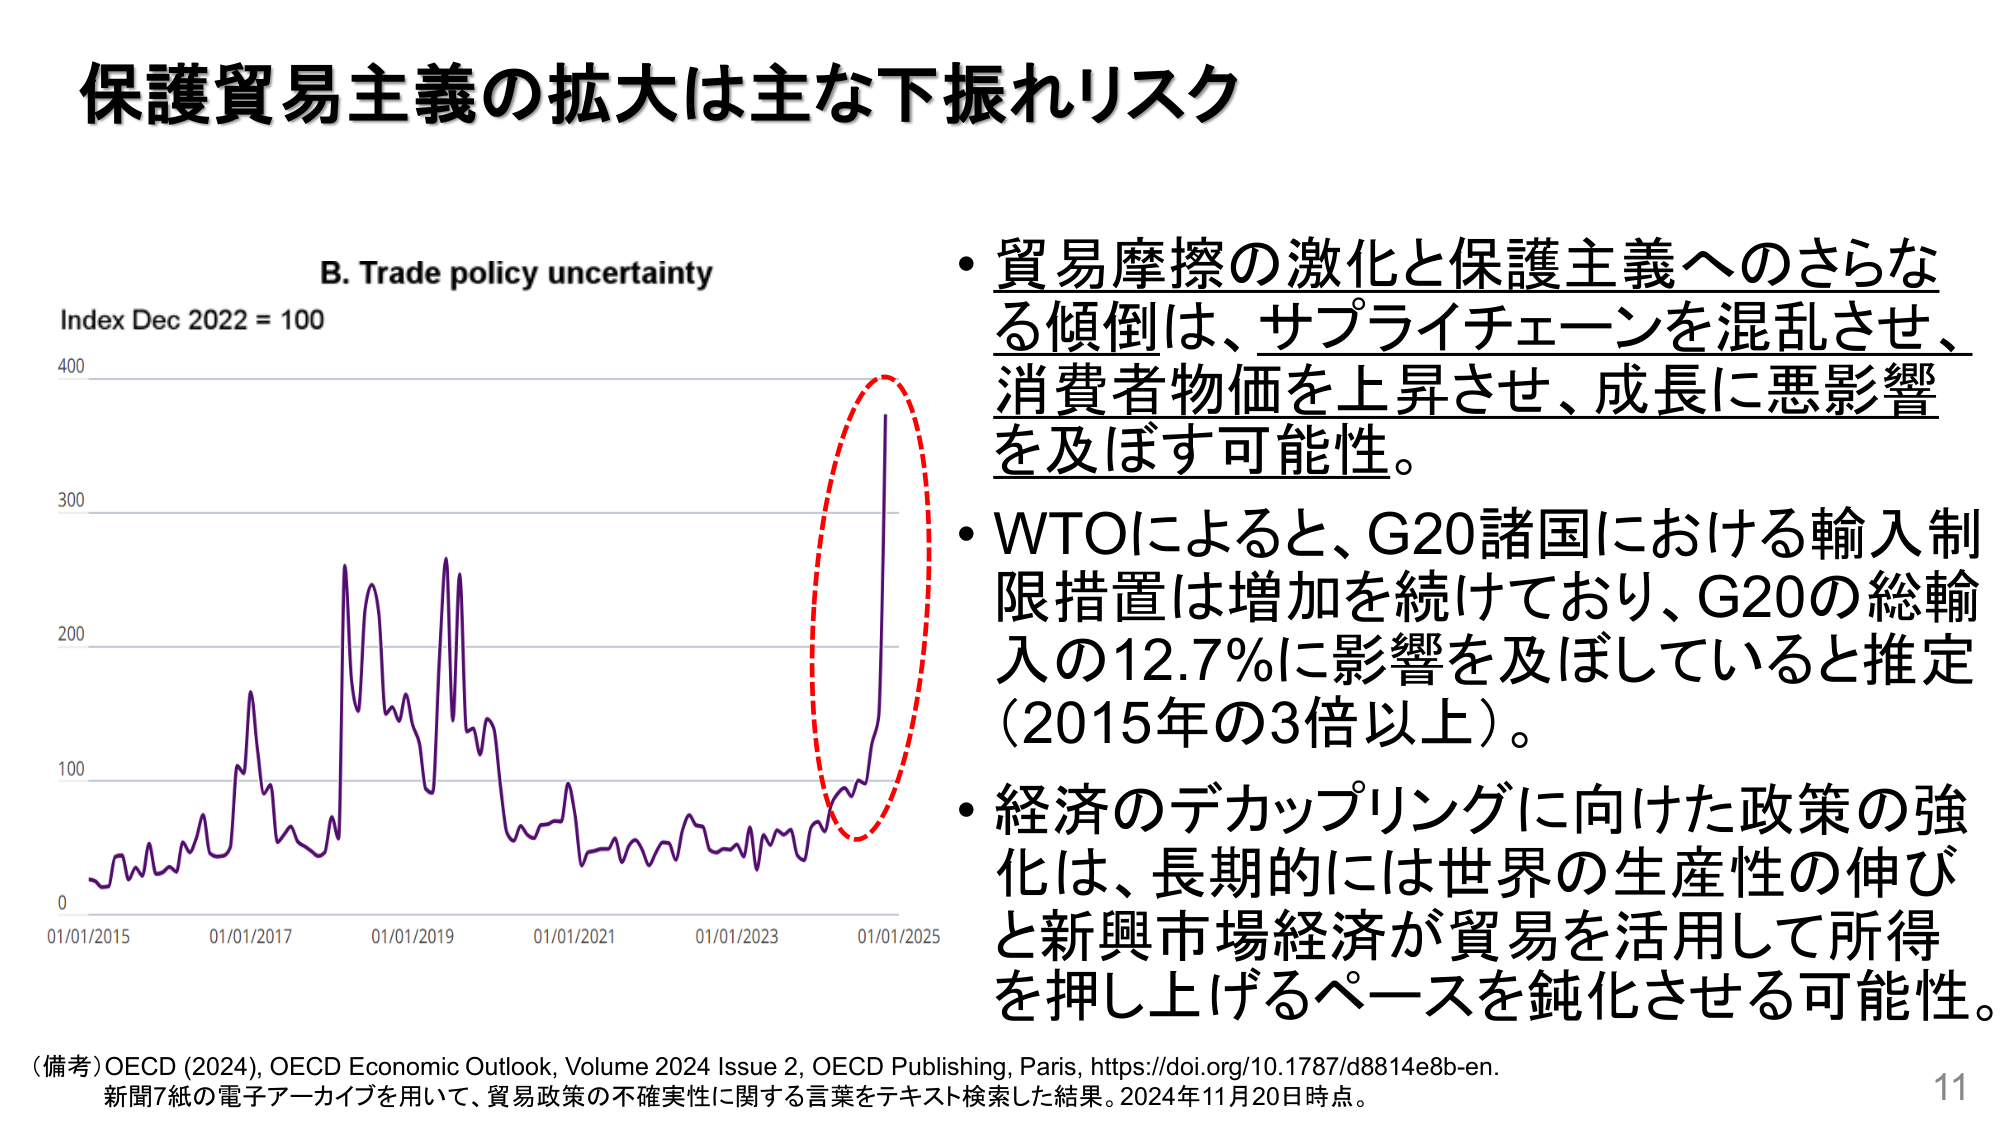
保護貿易主義の拡大は主な下振れリスク

B. Trade policy uncertainty
Index Dec 2022 = 100

01/01/2015
01/01/2017
01/01/2019
01/01/2021
01/01/2023
01/01/2025

・貿易摩擦の激化と保護主義へのさらなる傾倒は、サプライチェーンを混乱させ、消費者物価を上昇させ、成長に悪影響を及ぼす可能性。

・WTOによると、G20諸国における輸入制限措置は増加を続けており、G20の総輸入の12.7％に影響を及ぼしていると推定（2015年の3倍以上）。

・経済のデカップリングに向けた政策の強化は、長期的には世界の生産性の伸びと新興市場経済が貿易を活用して所得を押し上げるペースを鈍化させる可能性。

（備考）OECD (2024), OECD Economic Outlook, Volume 2024 Issue 2, OECD Publishing, Paris, https://doi.org/10.1787/d8814e8b-en.
新聞7紙の電子アーカイブを用いて、貿易政策の不確実性に関する言葉をテキスト検索した結果。2024年11月20日時点。

11